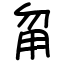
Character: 甮